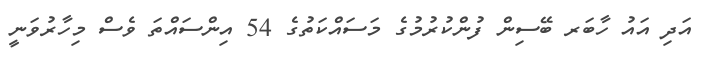
އަދި އައު ހާބަރ ބޭސިން ފުންކުރުމުގެ މަސައްކަތުގެ 54 އިންސައްތަ ވެސް މިހާރުވަނީ